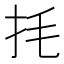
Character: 㧌